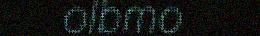
olbmo